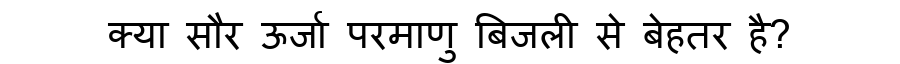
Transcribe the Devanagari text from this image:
क्या सौर ऊर्जा परमाणु बिजली से बेहतर है?